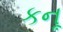
કનૂ